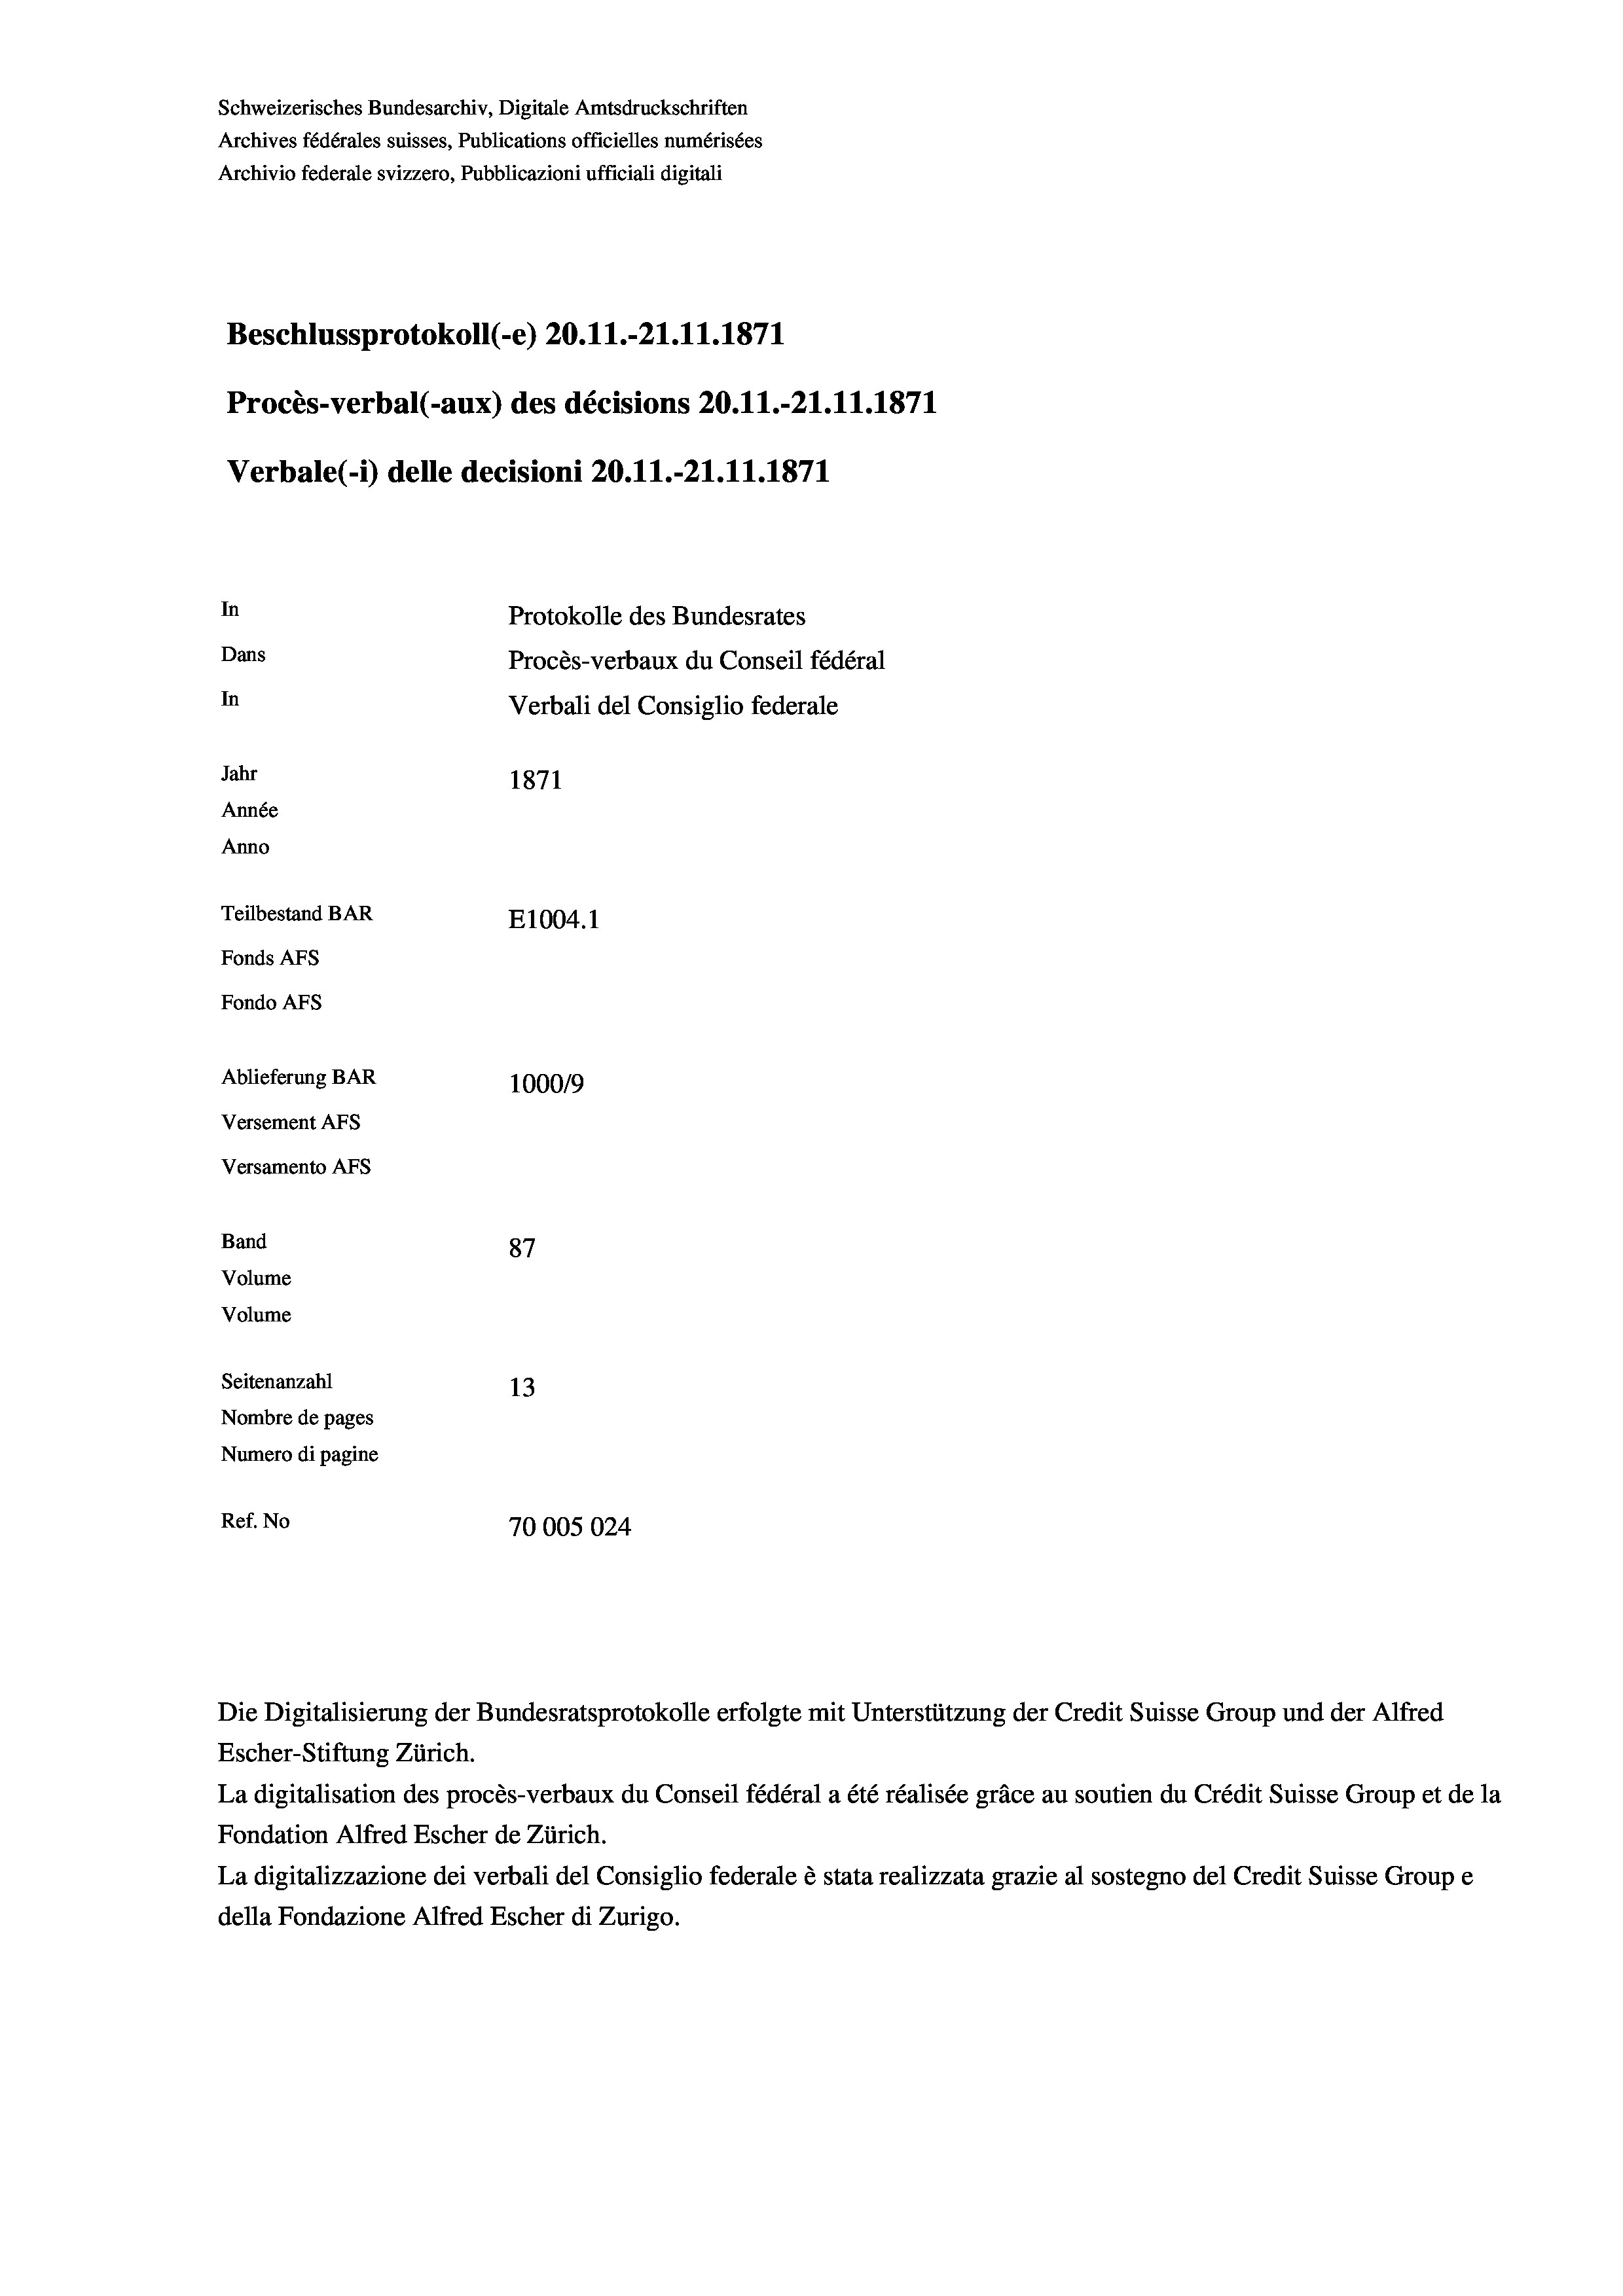
Schweizerisches Bundesarchiv, Digitale Amtsdruckschriften
Archives fédérales suisses, Publications officielles numérisées
Archivio federale svizzero, Pubblicazioni ufficiali digitali
Beschlussprotokoll (-e) 20.11.-21.11.1871
Procès-verbal (-aux) des décisions 20.11.-21.11.1871
Verbale(-*) delle decisioni 20.11.-21.11.1871
In
Protokolle des Bundesrates
Dans
Procès-verbaux du Conseil fédéral
In
Verbali del Consiglio federale
Jahr
1871
Année
Anno
Teilbestand BAR
E1004.1
Fonds AFs
Fondo Afs
Ablieferung BAR
100019
Versement AFs
Versamento Afs
Band
87
Volume
Volume
Seitenanzahl
13
Nombre de pages
Numero di pagine

Ref. No
70005024

Escher-Stiftung Zürich.
La digitalisation des procès-verbaux du Conseil fédéral a été réalisée gräce au soutien du Crédit Suisse Group et de la
Fondation Alfred Escher de Zürich.
La digitalizzazione dei verbali del Consiglio federale è stata realizzata grazie al sostegno del Credit Suisse Groupe
della Fondazione Alfred Escher di Zurigo.

Die Digitalisierung der Bundesratsprotokolle erfolgte mit Unterstützung der Credit Suisse Group und der Alfred